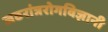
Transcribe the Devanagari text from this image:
जठरांत्ररोगविज्ञानी